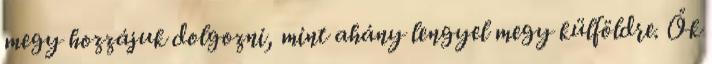
megy hozzájuk dolgozni, mint ahány lengyel megy külföldre. Ők